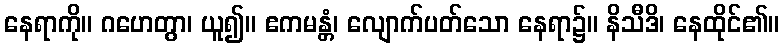
နေရာကို။ ဂဟေတွာ၊ ယူ၍။ ဧကမန္တံ၊ လျောက်ပတ်သော နေရာ၌။ နိသီဒိ၊ နေထိုင်၏။